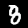
Digit: 8